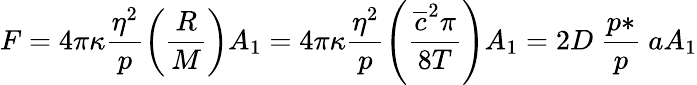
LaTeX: F=4\pi\kappa\frac{\eta^{2}}{p}\left(\frac{R}{M}\right)A_{1}=4\pi\kappa\frac{\eta^{2}}{p}\left(\frac{\overline{{c}}^{2}\pi}{8T}\right)A_{1}=2D\ \frac{p*}{p}\ aA_{1}